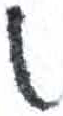
אות: ט